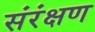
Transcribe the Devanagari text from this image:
संरंक्षण